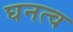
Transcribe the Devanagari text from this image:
घनत्‍व